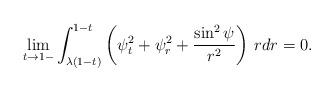
LaTeX: \begin{align*}\lim_{t\to 1-}\int_{\lambda(1-t)}^{1-t}\left(\psi_t^2+\psi_r^2+\frac{\sin^2{\psi}}{r^2}\right)\,rdr=0.\end{align*}